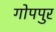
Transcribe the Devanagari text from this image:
गोपपुर